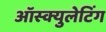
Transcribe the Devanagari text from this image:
ऑस्क्युलेटिंग